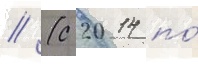
// (с 2014 по́